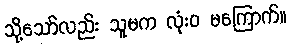
သို့သော်လည်း သူမက လုံးဝ မကြောက်။